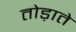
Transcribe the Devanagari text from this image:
तोड़ाते